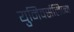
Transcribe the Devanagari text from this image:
युनिवर्सलिज्म